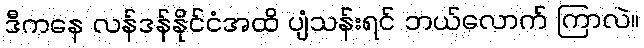
ဒီကနေ လန်ဒန်နိုင်ငံအထိ ပျံသန်းရင် ဘယ်လောက် ကြာလဲ။